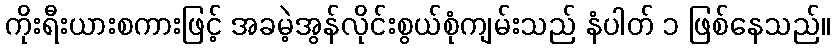
ကိုးရီးယားစကားဖြင့် အခမဲ့အွန်လိုင်းစွယ်စုံကျမ်းသည် နံပါတ် ၁ ဖြစ်နေသည်။